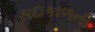
સદાકાળની